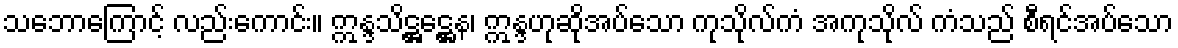
သဘောကြောင့် လည်းကောင်း။ ဣန္ဒသိဋ္ဌဋ္ဌေန၊ ဣန္ဒဟုဆိုအပ်သော ကုသိုလ်ကံ အကုသိုလ် ကံသည် စီရင်အပ်သော